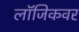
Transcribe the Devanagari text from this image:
लॉजिकवर